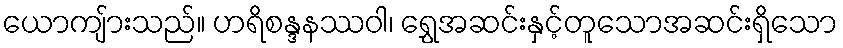
ယောကျ်ားသည်။ ဟရိစန္ဒနဿဝါ၊ ရွှေအဆင်းနှင့်တူသောအဆင်းရှိသော